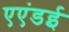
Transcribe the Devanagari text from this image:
एएंडई